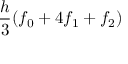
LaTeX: { \frac { h } { 3 } } ( f _ { 0 } + 4 f _ { 1 } + f _ { 2 } )